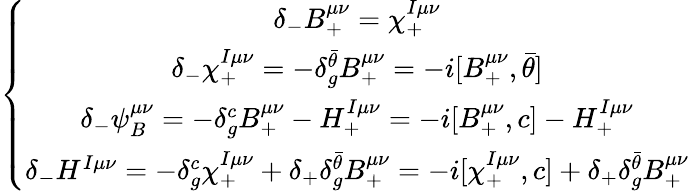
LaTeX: \left\{ \begin{array}{c}{{\delta_{-}B_{+}^{\mu\nu}=\chi_{+}^{I\mu\nu}}}\\ {{\delta_{-}\chi_{+}^{I\mu\nu}=-\delta_{g}^{\bar{\theta}}B_{+}^{\mu\nu}=-i[B_{+}^{\mu\nu},{\bar{\theta}}]}}\\ {{\delta_{-}\psi_{B}^{\mu\nu}=-\delta_{g}^{c}B_{+}^{\mu\nu}-H_{+}^{I\mu\nu}=-i[B_{+}^{\mu\nu},c]-H_{+}^{I\mu\nu}}}\\ {{\delta_{-}H^{I\mu\nu}=-\delta_{g}^{c}\chi_{+}^{I\mu\nu}+\delta_{+}\delta_{g}^{\bar{\theta}}B_{+}^{\mu\nu}=-i[\chi_{+}^{I\mu\nu},c]+\delta_{+}\delta_{g}^{\bar{\theta}}B_{+}^{\mu\nu}}}\end{array}\right.